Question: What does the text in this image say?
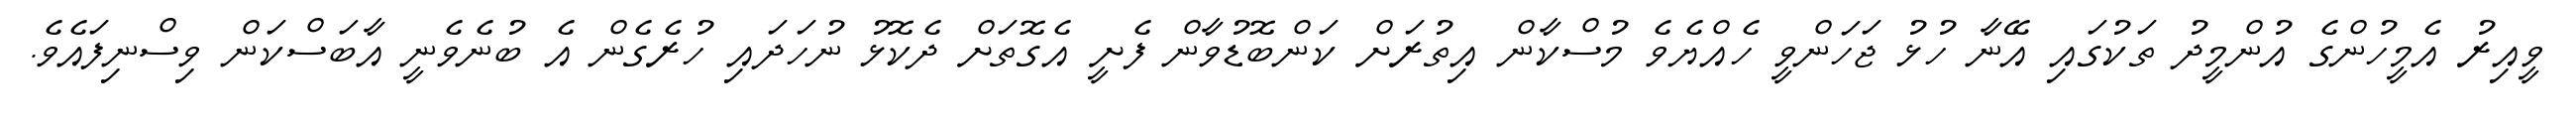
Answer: ވީއިރު އެމީހުންގެ އުންމީދު ތަކުގައި އޭނާ ހުޅު ޖަހަންވީ ހެއްޔެވެ މުސްކާން އިތުރަށް ކަންބޮޑުވާން ފެށީ އެގޮތަށް ދެކޮޅު ނުހަދައި ހުރެގެން އެ ބުނެވެނީ އާބަސްކަން ވިސްނިފައެވެ.